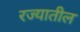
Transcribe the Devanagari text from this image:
रज्यातील